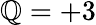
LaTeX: \mathbb{Q}=+3